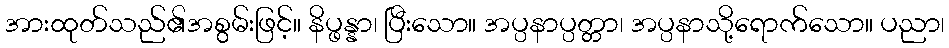
အားထုတ်သည်၏အစွမ်းဖြင့်။ နိပ္ဖန္နာ၊ ပြီးသော။ အပ္ပနာပ္ပတ္တာ၊ အပ္ပနာသို့ရောက်သော။ ပညာ၊